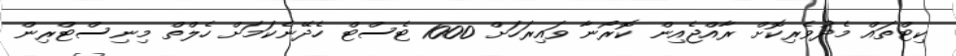
ކިޓްތައް މެދުވެރިކޮށް ރާއްޖެއިން ކޮރޯނާ ވައިރަހަށް 1000 ޓެސްޓް ހެދޭނެކަމަށް ހެލްތް މިނިސްޓްރިން